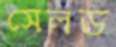
সেলড